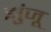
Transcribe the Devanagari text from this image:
झुंजू